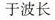
于波长